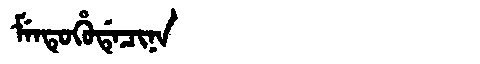
Manchu: ᠮᡝᠨᡨᡠᡥᡠᡩᡝᠴᡳᠨᠠ
Romanization: MENTUHUDECINA